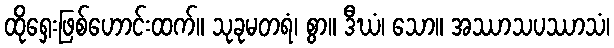
ထိုရှေးဖြစ်ဟောင်းထက်။ သုခုမတရံ၊ စွာ။ ဒီဃံ၊ သော။ အဿာသပဿာသံ၊